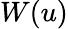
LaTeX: W(u)